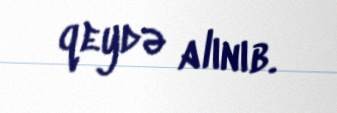
qeydə alınıb.